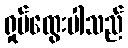
ရှုပ်ထွေးပါသည်